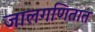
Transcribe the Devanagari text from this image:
जालगणितात